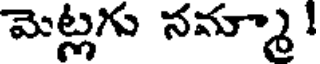
మెట్లగు నమ్మా!